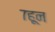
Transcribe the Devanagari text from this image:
७हून